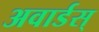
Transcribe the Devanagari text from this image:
अवार्डस्